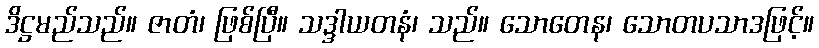
ဒိဋ္ဌမည်သည်။ ဇာတံ၊ ဖြစ်ပြီ။ သဒ္ဒါယတနံ၊ သည်။ သောတေန၊ သောတပသာဒဖြင့်။